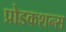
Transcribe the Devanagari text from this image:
प्रोडकशन्स